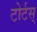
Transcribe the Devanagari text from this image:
टोर्टस्